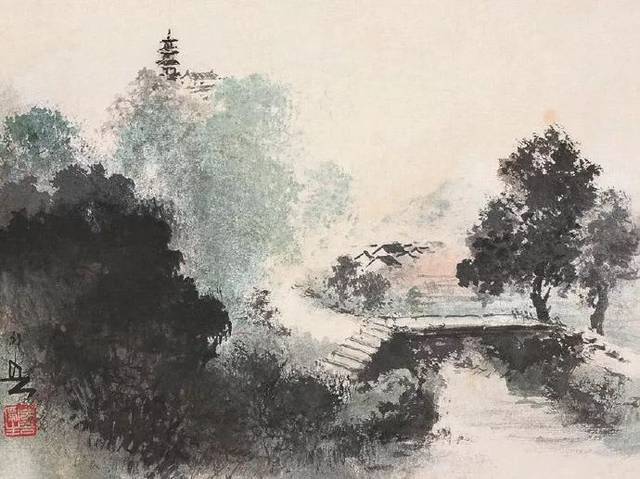
墦间人散後，乌鸟正西东。